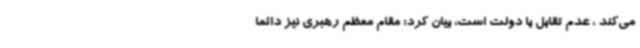
می‌کند ، عدم تقابل با دولت است، بیان کرد: مقام معظم رهبری نیز دائما